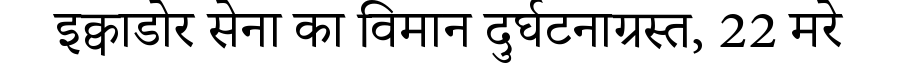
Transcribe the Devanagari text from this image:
इक्वाडोर सेना का विमान दुर्घटनाग्रस्त, 22 मरे